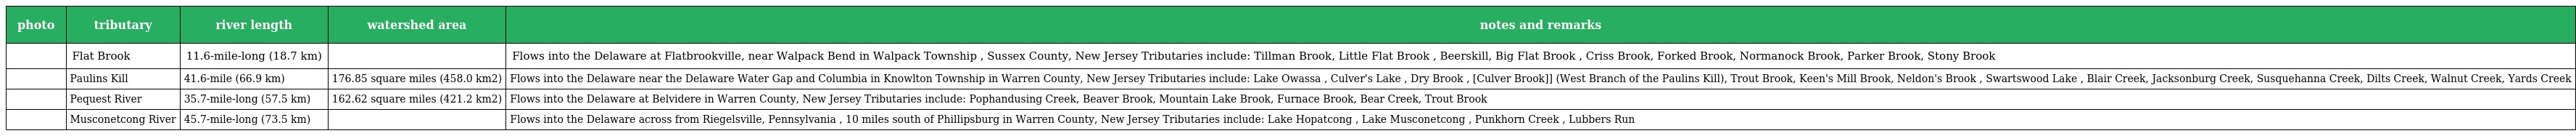
| photo | tributary | river length | watershed area | notes and remarks |
 | --- | --- | --- | --- | --- |
 |  | Flat Brook | 11.6-mile-long (18.7 km) |  | Flows into the Delaware at Flatbrookville, near Walpack Bend in Walpack Township , Sussex County, New Jersey Tributaries include: Tillman Brook, Little Flat Brook , Beerskill, Big Flat Brook , Criss Brook, Forked Brook, Normanock Brook, Parker Brook, Stony Brook |
 |  | Paulins Kill | 41.6-mile (66.9 km) | 176.85 square miles (458.0 km2) | Flows into the Delaware near the Delaware Water Gap and Columbia in Knowlton Township in Warren County, New Jersey Tributaries include: Lake Owassa , Culver's Lake , Dry Brook , [Culver Brook]] (West Branch of the Paulins Kill), Trout Brook, Keen's Mill Brook, Neldon's Brook , Swartswood Lake , Blair Creek, Jacksonburg Creek, Susquehanna Creek, Dilts Creek, Walnut Creek, Yards Creek |
 |  | Pequest River | 35.7-mile-long (57.5 km) | 162.62 square miles (421.2 km2) | Flows into the Delaware at Belvidere in Warren County, New Jersey Tributaries include: Pophandusing Creek, Beaver Brook, Mountain Lake Brook, Furnace Brook, Bear Creek, Trout Brook |
 |  | Musconetcong River | 45.7-mile-long (73.5 km) |  | Flows into the Delaware across from Riegelsville, Pennsylvania , 10 miles south of Phillipsburg in Warren County, New Jersey Tributaries include: Lake Hopatcong , Lake Musconetcong , Punkhorn Creek , Lubbers Run |